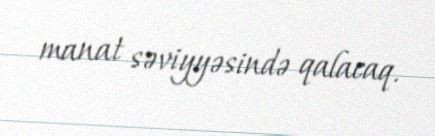
manat səviyyəsində qalacaq.